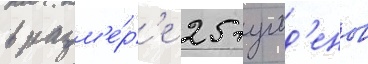
в разм'е́р'е 25 гульд'енов